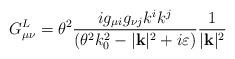
LaTeX: \begin{align*}G^{L}_{\mu \nu }=\theta ^{2}\frac{ig_{\mu i}g_{\nu j}k^{i}k^{j}}{(\theta ^{2}k^{2}_{0}-|\mathbf{k}|^{2}+i\varepsilon )}\frac{1}{|\mathbf{k}|^{2}}\end{align*}